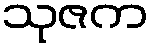
သုဇက